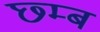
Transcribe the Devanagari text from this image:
छ्म्ब